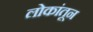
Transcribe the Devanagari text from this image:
लोकांतून